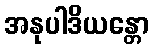
အနုပါဒိယန္တော